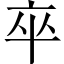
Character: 卒